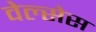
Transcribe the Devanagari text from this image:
वेल्सेस